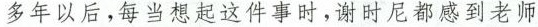
多年以后,每当想起这件事时,谢时尼都感到老师